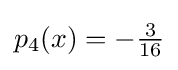
p_{4}(x)=-{\tfrac {3}{16}}